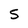
Character: 5